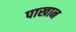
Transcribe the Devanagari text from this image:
पाखान